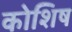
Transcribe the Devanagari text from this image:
कोशिष